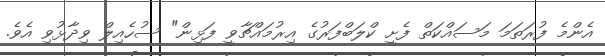
އެންމެ ފުރަތަމަ މަސައްކަތް ފެށީ ކްލަބްފަރުގެ އިރުމައްޗާވީ ފަޅިން" ސުހެއިލް ވިދާޅުވި އެވެ.